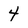
Character: 4